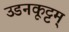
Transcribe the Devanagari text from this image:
उडनकूट्टम्